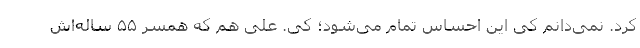
کرد. نمی‌دانم کی این احساس تمام می‌شود؛ کِی. علی هم که همسر ۵۵ ساله‌اش